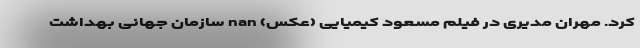
کرد. مهران مدیری در فیلم مسعود کیمیایی (عکس) nan سازمان جهانی بهداشت